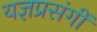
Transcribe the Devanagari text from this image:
यज्ञप्रसंगीं